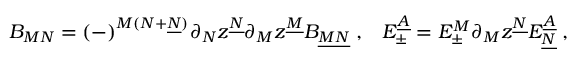
B _ { M N } = ( - ) ^ { M ( N + \underline { { { N } } } ) } \partial _ { N } z ^ { \underline { { { N } } } } \partial _ { M } z ^ { \underline { { { M } } } } B _ { \underline { { { M N } } } } \; , \; \; \; E _ { \pm } ^ { \underline { { { A } } } } = E _ { \pm } ^ { M } \partial _ { M } z ^ { \underline { { { N } } } } E _ { \underline { { { N } } } } ^ { \underline { { { A } } } } \; ,